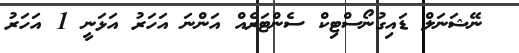
ނޭޝަނަލް ޑައިގުނޯސްޓިކް ސެންޓަރެއް އަންނަ އަހަރު އަޅަނީ 1 އަހަރު